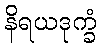
နိရယဒုက္ခံ